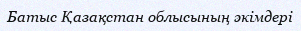
Батыс Қазақстан облысының әкімдері